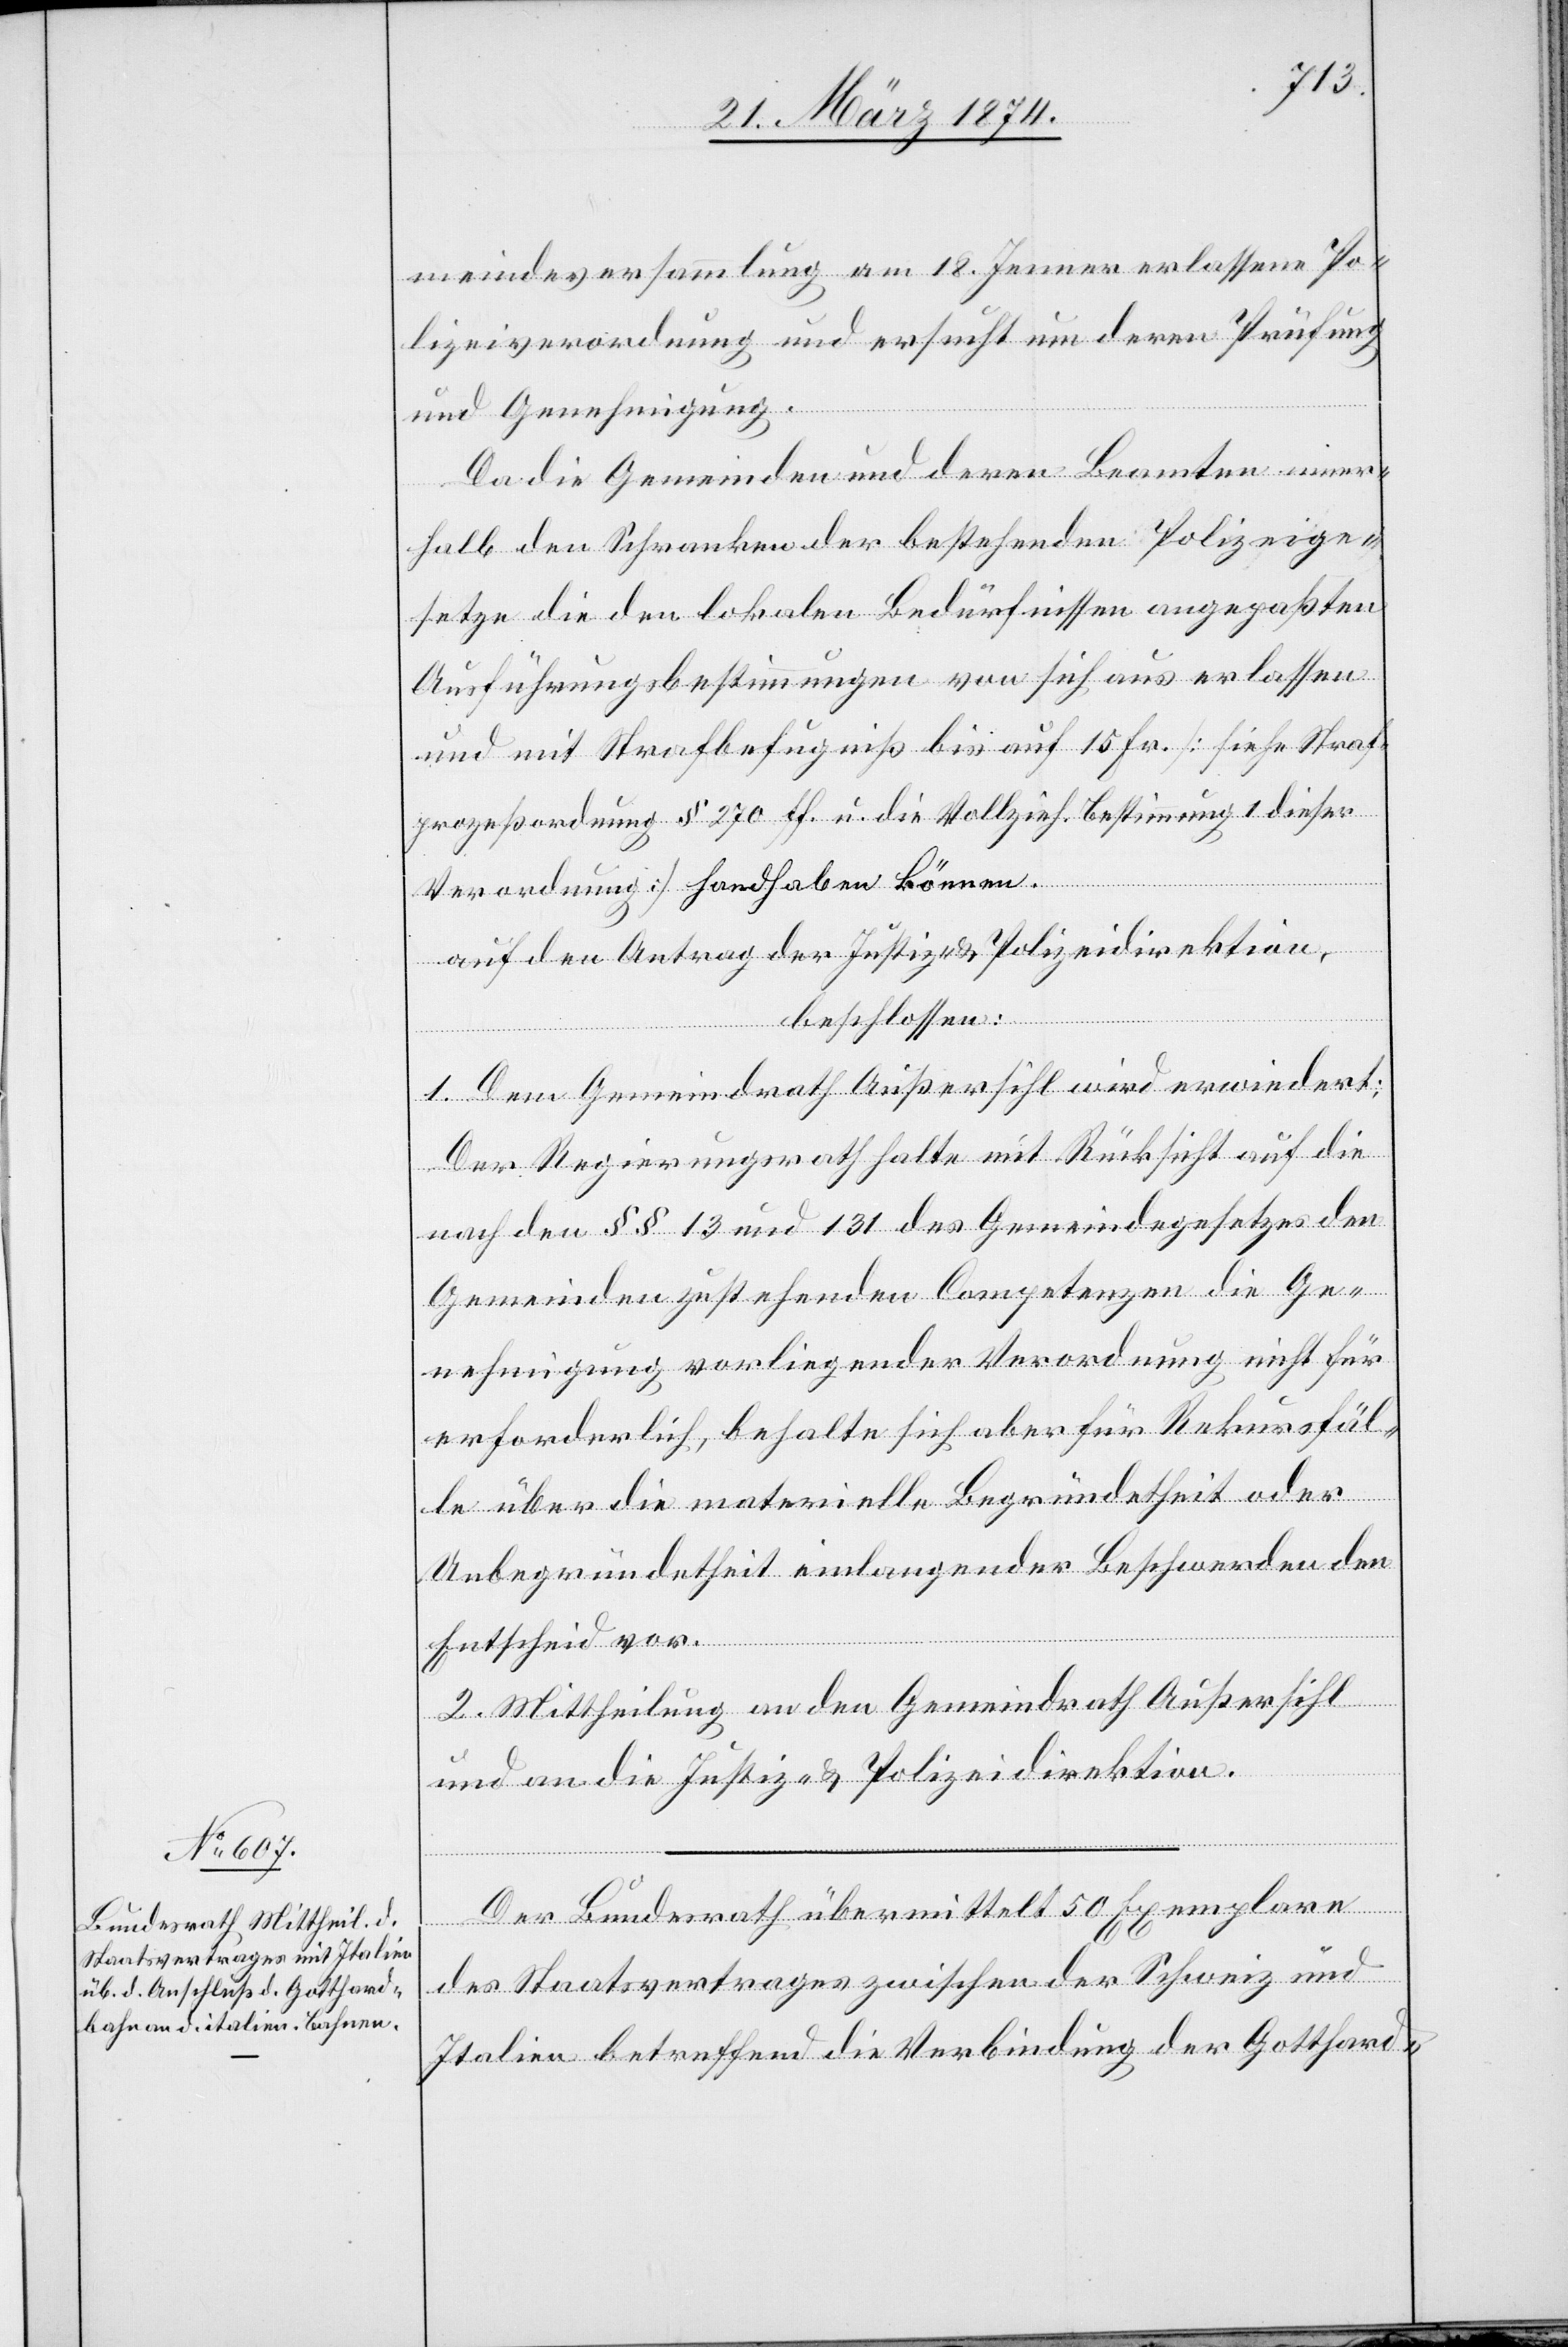
meindeversammlung am 18. Jenner erlassene Po¬
lizeiverordnung und ersucht um deren Prüfung
und Genehmigung.
Da die Gemeinden und deren Beamten inner¬
halb der Schranken der bestehenden Polizeige¬
setze die den lokalen Bedürfnissen angepaßten
Ausführungsbestimmungen von sich aus erlassen
und mit Strafbefugniß bis auf 15 Fr. [siehe Straf¬
zeßordnung] handhaben können.
Auf den Antrag der Justiz- u. Polizeidirektion,
pro¬
beschlossen:
1. Dem Gemeindrath Außersihl wird erwiedert:
Der Regierungsrath halte mit Rücksicht auf die
nach den §§ 13 und 131 des Gemeindegesetzes den
Gemeinden zustehenden Competenzen die Ge¬
nehmigung vorliegender Verordnung nicht für
erforderlich, behalte sich aber für Rekursfäl¬
le über die materielle Begründetheit oder
Unbegründetheit einlangender Beschwerden den
Entscheid vor.
2. Mittheilung an den Gemeindrath Außersihl
und an die Justiz- u. Polizeidirektion.
Der Bundesrath übermittelt 50 Exemplare
des Staatsvertrages zwischen der Schweiz und
Italien betreffend die Verbindung der Gotthard-